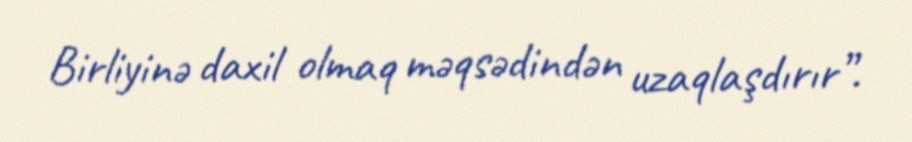
Birliyinə daxil olmaq məqsədindən uzaqlaşdırır”.